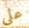
على